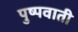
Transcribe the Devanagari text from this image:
पुष्पवाती